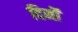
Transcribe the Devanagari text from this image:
दिनॊं